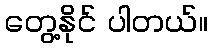
တွေ့နိုင် ပါတယ်။